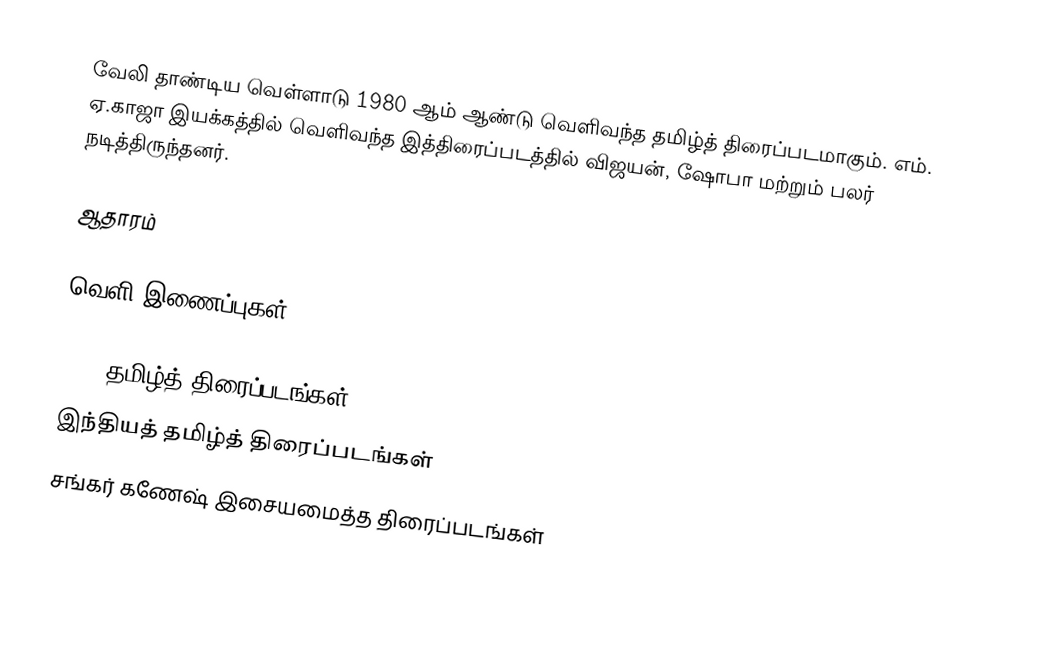
வேலி தாண்டிய வெள்ளாடு 1980 ஆம் ஆண்டு வெளிவந்த தமிழ்த் திரைப்படமாகும். எம். ஏ.காஜா இயக்கத்தில் வெளிவந்த இத்திரைப்படத்தில் விஜயன், ஷோபா மற்றும் பலர் நடித்திருந்தனர்.

ஆதாரம்

வெளி இணைப்புகள்

1980 தமிழ்த் திரைப்படங்கள்
இந்தியத் தமிழ்த் திரைப்படங்கள்
சங்கர் கணேஷ் இசையமைத்த திரைப்படங்கள்